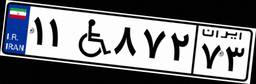
۲۸W۶۴۰۳۳